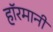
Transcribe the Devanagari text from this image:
हाॅरमानी